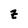
Character: Z